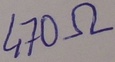
Text: 470Ω